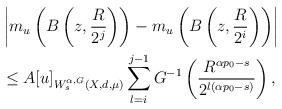
LaTeX: \begin{align*} \begin{aligned}&\left|m_u\left(B\left(z, \frac{R}{2^j}\right)\right)-m_u\left(B\left(z, \frac{R}{2^i}\right)\right)\right|\\& \leq A [u]_{W^{\alpha, G}_{s}(X,d,\mu)}\sum_{l=i}^{j-1} G^{-1}\left( \frac{R^{\alpha p_{0}-s}}{2^{l(\alpha p_{0}-s)}}\right),\end{aligned}\end{align*}